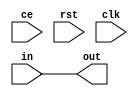
`timescale 1ns / 1ps
//////////////////////////////////////////////////////////////////////////////////
// Company: 
// Engineer: 
// 
// Design Name: 
// Module Name:    delay_line 
// Project Name: 
// Target Devices: 
// Tool versions: 
// Description: 
//
// Dependencies: 
//
// Revision: 
// Revision 0.01 - File Created
// Additional Comments: 
//
//////////////////////////////////////////////////////////////////////////////////
module delayLine #(
        parameter   DELAY = 0,
        parameter   WIDTH = 8
    )(
        input                   ce,
        input                   rst,
        input                   clk,
        input  [WIDTH - 1:0]    in,
        output [WIDTH - 1:0]    out
    );
    wire [WIDTH - 1:0]  chain [DELAY:0];
    
    assign chain[0] = in;
    assign out      = chain[DELAY];
    
    genvar i;
    generate
        for(i = 0; i < DELAY; i = i + 1)
        begin : chain_connector
            wlatch #(
                .WIDTH(WIDTH)
            )
            lat (
                .ce(ce),
                .rst(rst),
                .clk(clk),
                .in(chain[i]),
                .out(chain[i + 1])
            );
        end
    endgenerate
endmodule